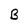
Character: B